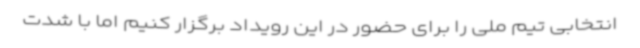
انتخابی تیم ملی را برای حضور در این رویداد برگزار کنیم اما با شدت